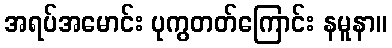
အရပ်အမောင်း ပုကွတတ်ကြောင်း နမူနာ။